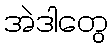
အဲဒါတွေ